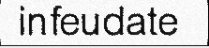
infeudate